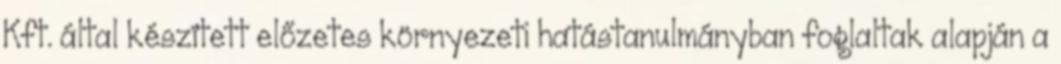
Kft. által készített előzetes környezeti hatástanulmányban foglaltak alapján a